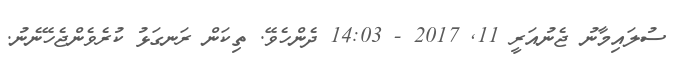
ސުލައިމާނު ޖެނުއަރީ 11